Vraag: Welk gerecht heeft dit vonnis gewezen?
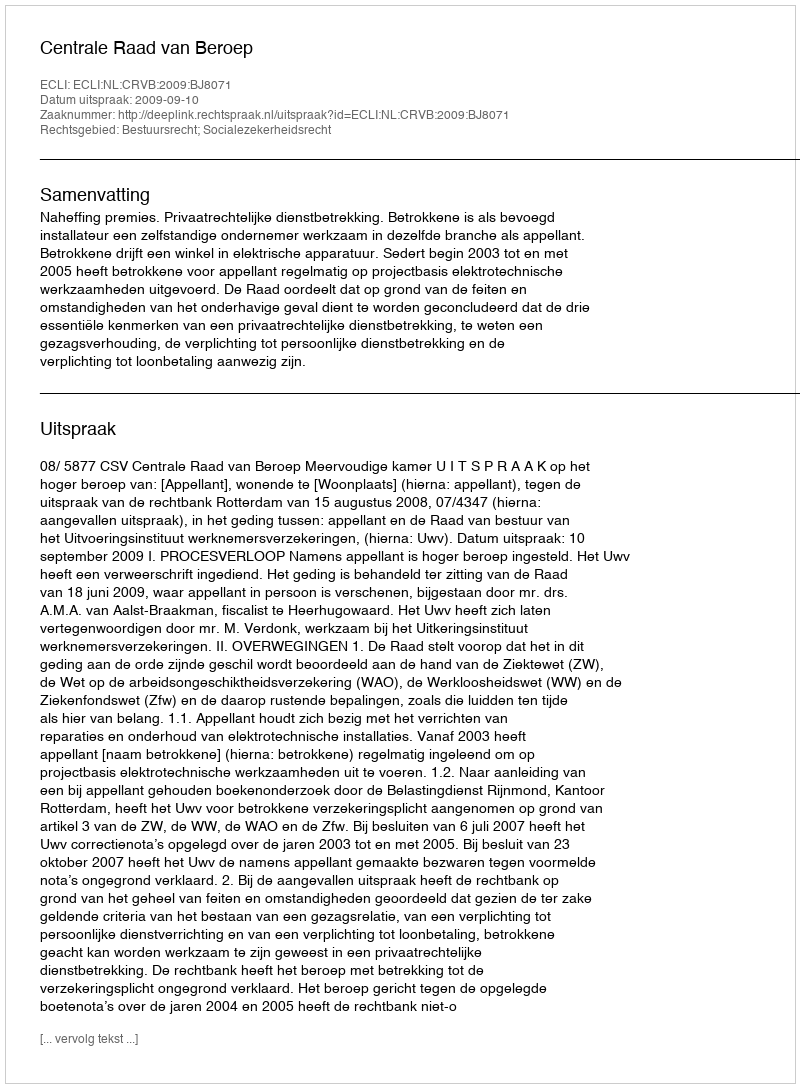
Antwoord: Centrale Raad van Beroep